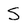
Character: S